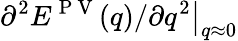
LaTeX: \partial^{2}E^{\mathrm{~P~V~}}(q)/\partial q^{2}\big|_{q\approx 0}